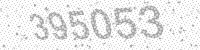
Solution: 395053